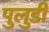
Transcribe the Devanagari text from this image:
पुलुडी